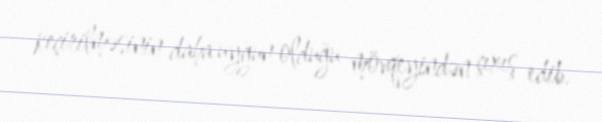
keçirilməsinin daha uyğun olduğu mövqeyindən çıxış edib.